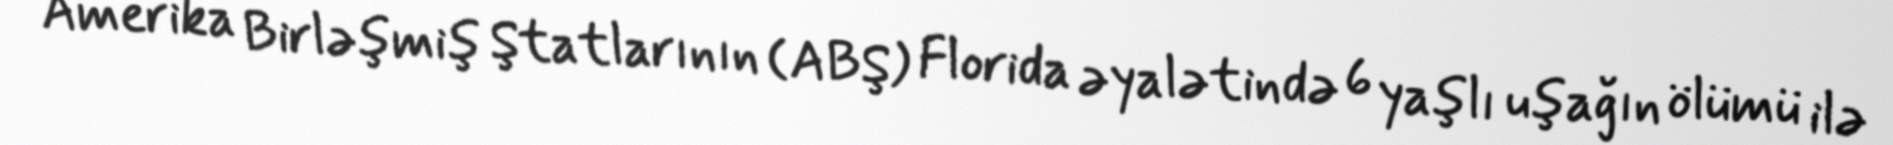
Amerika Birləşmiş Ştatlarının (ABŞ) Florida əyalətində 6 yaşlı uşağın ölümü ilə